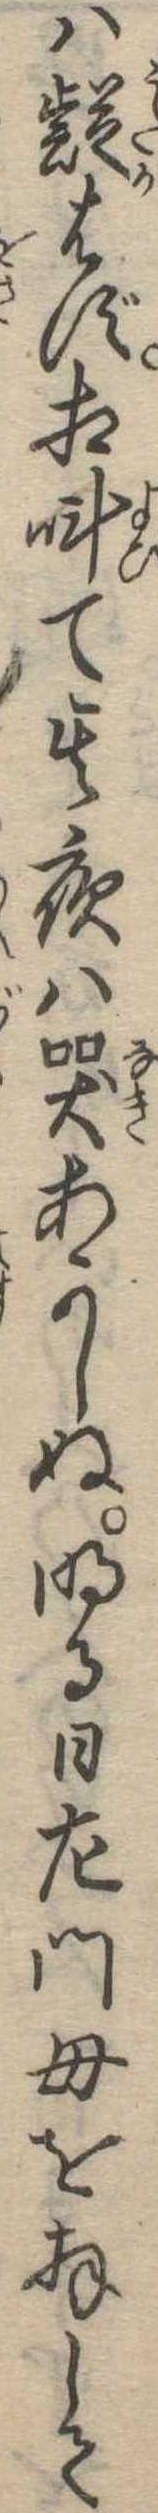
は疑はず相叫て其夜は哭あかしぬ明る日左門母を拝して